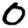
Digit: 0